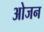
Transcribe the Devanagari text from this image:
ओजन